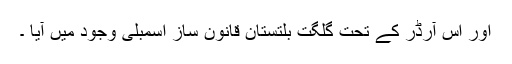
اور اس آرڈر کے تحت گلگت بلتستان قانون ساز اسمبلی وجود میں آیا ۔